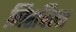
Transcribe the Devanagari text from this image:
गिरविला